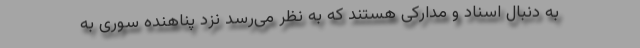
به دنبال اسناد و مدارکی هستند که به نظر می‌رسد نزد پناهنده سوری به